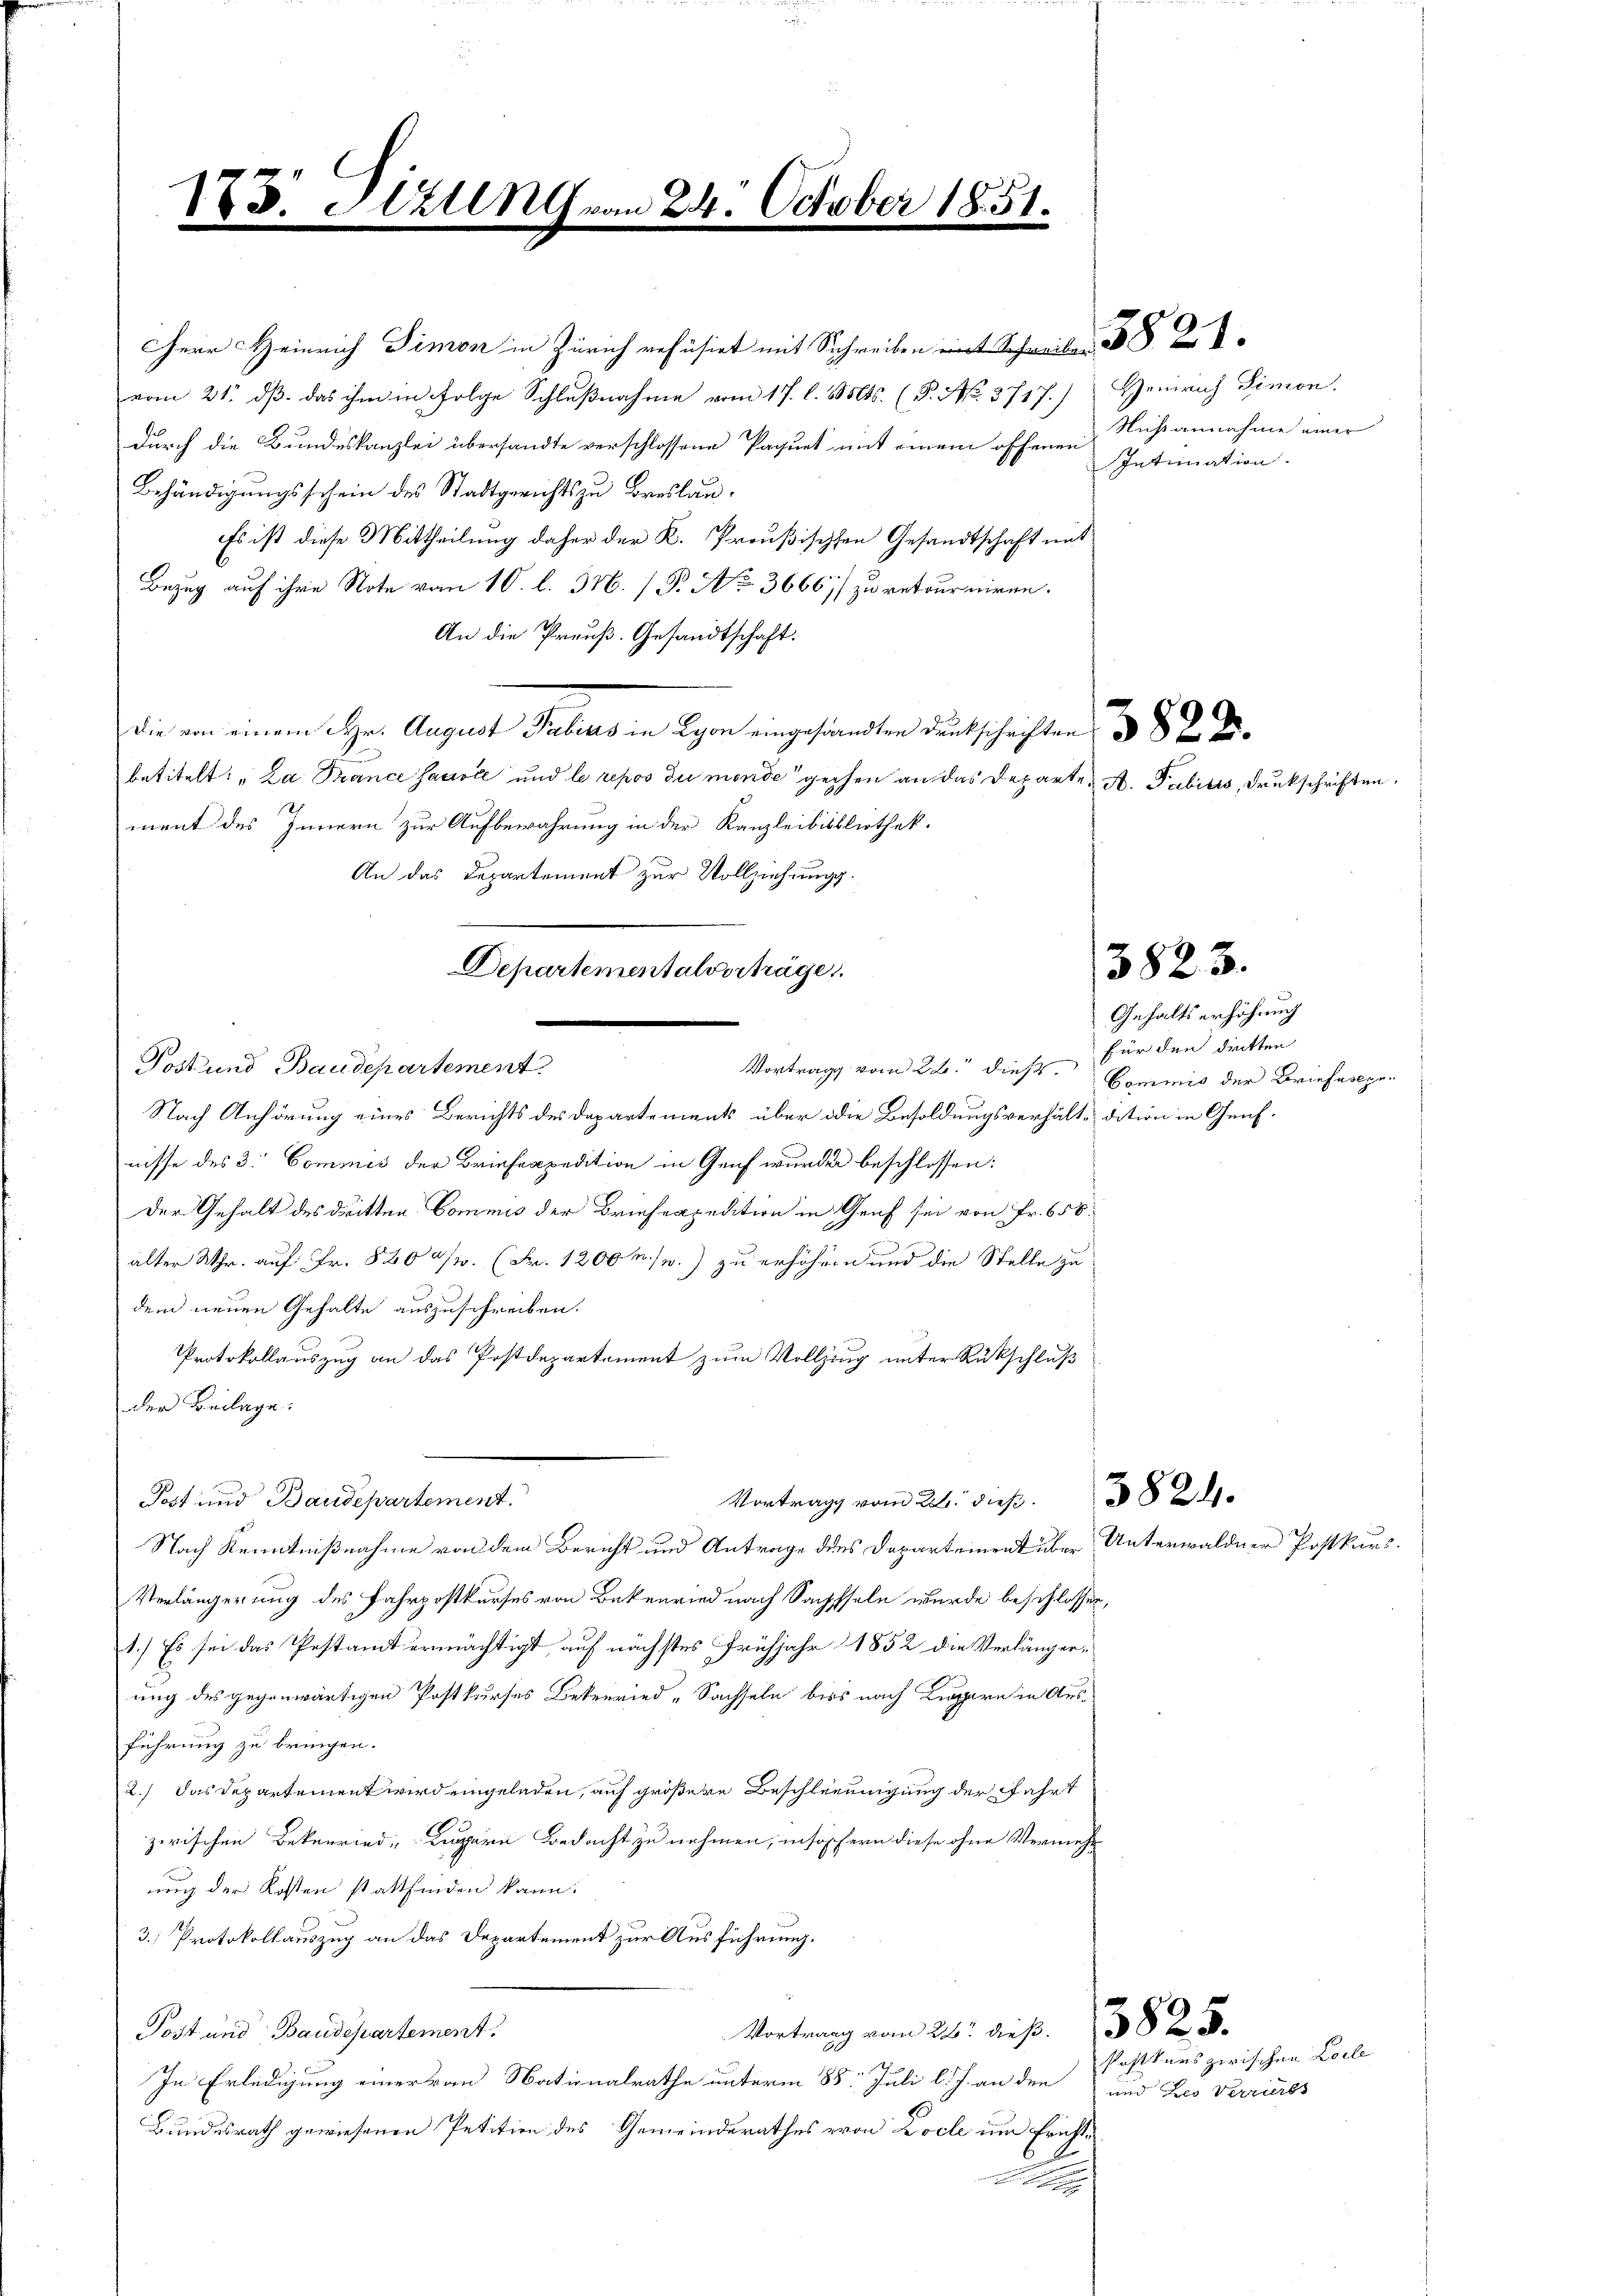
v. Hall vom 24. October 1851.
e
e
de
9 II
e

Herr Heinrich Simon in Zürich refüsirt mit Schreiben eint Schweile 2
vom 21. dβ das ihm in Folge Schlußnahme vom 17. l. Mts. (T. No. 3717.) Heinrich Simon
durch die Bundeskanzlei übersandte verschlossene Paquet mit einem offenen Nußannahme einer
Behändigungsschein des Stadtgerichts zu Breslau¬
Es ist diese Mittheilung daher der K. Preußischen Gesandtschaft mit
Bezug auf ihre Note vom 10. l. 346. / P. Nr. 36667/ zu retourniren.
An die Preuß. Gesandtschaft.
Die von einem Hr. August Tubus in Lyon eingesandten Deutschriften
betitelt: „La Brance facole und le repos du monde gechen an das Departe A. Pabitis, druckschriften.
ment des Innern zur Aufbewahrung in der Kanzleibibliothek.
An das Departement zur Vollziehungs
Post und Baudepartement.
Nach Anhörung eines Berichts des Departements über die Besoldungsverhält-dition in Genfnisse des 3. Commis der Briefexpedition in Genf wurde beschlossen:
Der Gehalt des dritten Commis der Briefespedition in Genf sei von Fr. 656.
alter Uhr. auf Fr. 8200/2. (Fr. 1200 m. p.) zu erhöhern und die Stelle zu
dem neuen Gehalte auszuschreiben.
Protokollauszug an das Postdepartement zum Vollzung unter Rückschluß
der Beilage.
Vortrags vom 22. dieß. 2
Post und Baudepartement.
Nach Kenntnißnahme von dem Bericht und Antrage des Departement über Unterwaldner Postkurs.
Verlängerung des Fahrpostkurses von Bekenried nach Sachssele wurde beschlossen,
1.) Es sei das Pestamt ermächtigt auf nächstes Frühjahr 1852 die Verlängerung des gegenwärtigen Postkurses Bekenried -Sachseln biss nach Lippern in Ausführung zu bringen.
2.) Das Departement wird eingeladen, auf größere Beschleeinigung der Fahrt
zwischen Bekenried Luzern Bedacht zu nehmen, insofern diese ohne Vermehr
uug der Kosten stattfinden kann.
3.) Protokollauszug an das Departement zur Ausführung.
Vortrang vom 26. dieß. 382.
Post und Baudepartement.
In Erledigung einer von Nationalrathe unterm 88. Juli l. J. an den und Les Verrieres
Bundesrath gewiesenen Petition des Gemeinderathes von Locle um Ericht¬

Departementalverträge
Vortrag vom 28. dieß,

Intimation.

Gehaltserhöhung
für den dietten
Commis der Briefestge-

Postkurs zwischen Locle

3823.